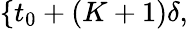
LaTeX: \{ t_{0}+(K+1)\delta,